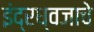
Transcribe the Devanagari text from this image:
इंद्रध्वजाचे